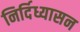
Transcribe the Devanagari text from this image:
निर्दिध्यासन